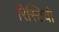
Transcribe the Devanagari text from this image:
रिस्टिवो